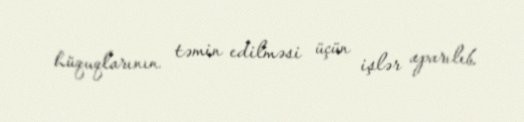
hüquqlarının təmin edilməsi üçün işlər aparılıb.